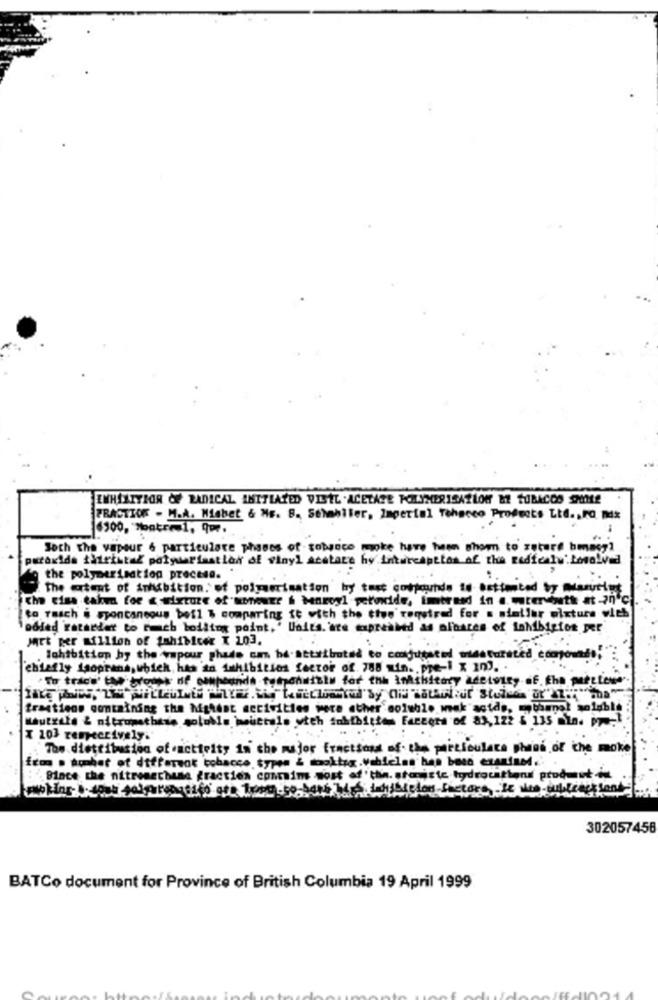
ENHÍLIYOR OF RADICAL INITIATED VISEL .ACETATE POLYMERISATION ME TOBACCO SILE
PRACTICE . M.A. Miabet & ME. B. Sehabiter, Imperial Tehaceo Products Ltd. , PO mdx
Joch the vapeur 6 particulate phases of tobacco moke have been shown to zuture bmasy?
the polymerisation precesa.
The extent of inhibition. of polymerisation by tost compounds is estimited by Maruriut
the ciss takma for a mixture of"unioner & baroyl peroxide, imtrend in a. wter ontk at -70 ℃
to rasch i spontaneous befl & comparing it with the the' required for s staller mixture with
odied retarder to mach boiling point, ' Uaits. 'are expressed as albates of landbiztos per
part per Million of Sahibicer X 103.
.lahibition hy the vapour phade can be.attributed to conjugated meaturated compon
chiefly Isoprana, which has 'in duhibition factor of. 788 min ., pre-1 x 10).
"To trace' the groups of oupounds tutanaisty for thh imshitary acetoity .f. Eha pertewe
trastiens containing the Mandat activities were ether soluble mak acids, thenol soluble
Hauteste & nitromethese soloble meuttale with iohfbitten Factors of 8x, 122 & 135 mln. - 1
X 203 respectively.
Tos diettituation of activity in the major fractions af. the particulate pheas of the moke
Bince the nitrenechase gractien coursim most of ' tha. stonjste hydrocarbon produst in
302057456
BATCo document for Province of British Columbia 19 April 1999